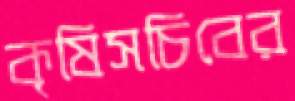
কৃষিসচিবের